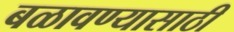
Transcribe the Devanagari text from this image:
बळावण्यासाठी